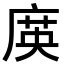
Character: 㢍